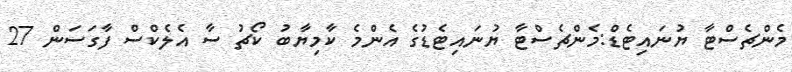
މެންޗެސްޓާ ޔުނައިޓެޑް:މެންޗެސްޓާ ޔުނައިޓެޑުގެ އެންމެ ކާމިޔާބު ކޯޗު ސާ އެލެކްސް ފާގަސަން 27